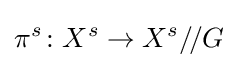
\pi ^{s}\colon X^{s}\to X^{s}/\!/G